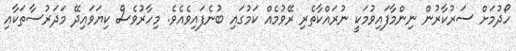
ހޯދުމަށް ސަރުކާރުން ނިންމާފައިވުމަކީ ނުރައްކާތެރި ރޭވުމެއް ކަމުގައި ބުނެފައިވެއެވެ. މިހާރުވެސް ކިޔަވައިދޭ މަދަރުސާތަކާއި